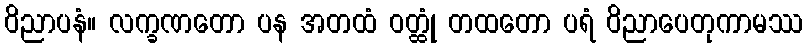
ဝိညာပနံ။ လက္ခဏတော ပန အတထံ ဝတ္ထုံ တထတော ပရံ ဝိညာပေတုကာမဿ